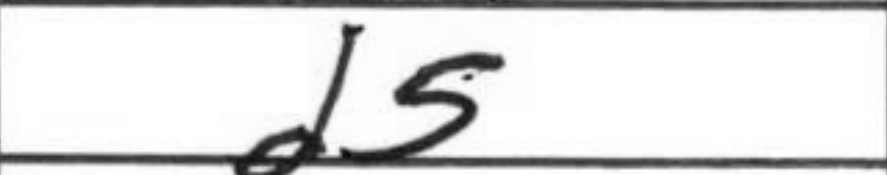
Transcription: d5